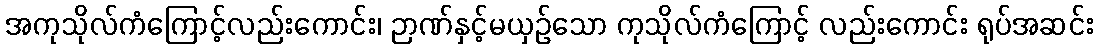
အကုသိုလ်ကံကြောင့်လည်းကောင်း၊ ဉာဏ်နှင့်မယှဉ်သော ကုသိုလ်ကံကြောင့် လည်းကောင်း ရုပ်အဆင်း